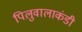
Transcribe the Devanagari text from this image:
पिलुवालाकंडी